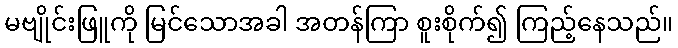
မဗျိုင်းဖြူကို မြင်သောအခါ အတန်ကြာ စူးစိုက်၍ ကြည့်နေသည်။